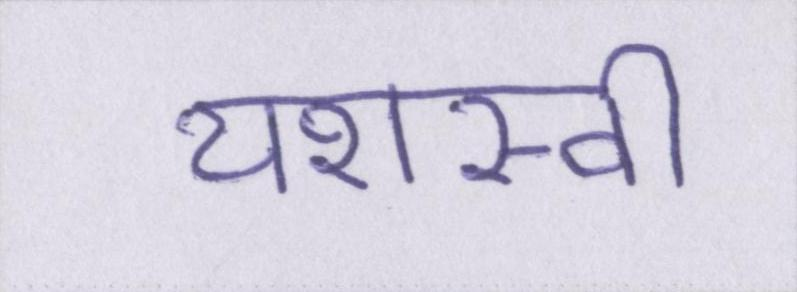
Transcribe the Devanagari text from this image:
यशस्वी